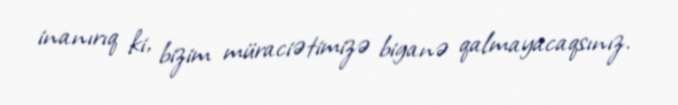
inanırıq ki, bizim müraciətimizə biganə qalmayacaqsınız.